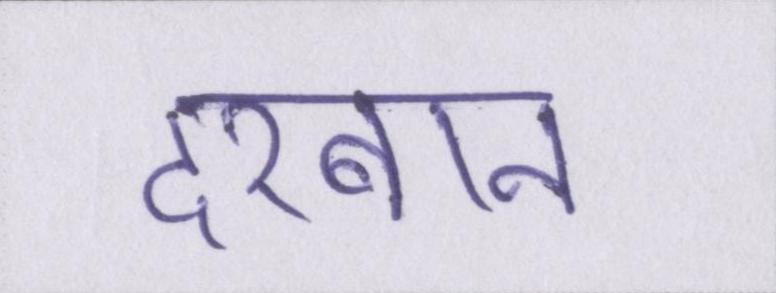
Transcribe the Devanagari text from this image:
दरबान